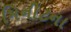
મિનીટના